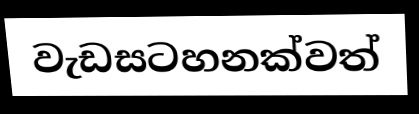
වැඩසටහනක්වත්